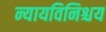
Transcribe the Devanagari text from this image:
न्यायविनिश्चय